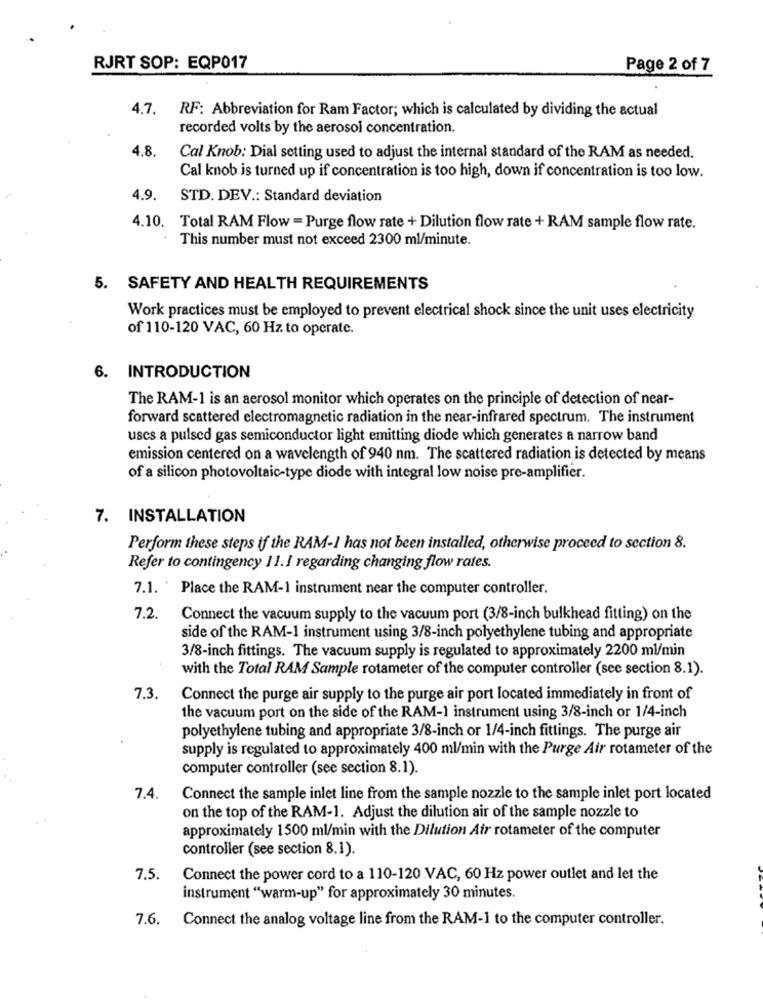
RJRT SOP: EQP017
Page 2 of 7
4.7.
RF: Abbreviation for Ram Factor; which is calculated by dividing the actual
recorded volts by the aerosol concentration.
4.8.
Cal Knob: Dial setting used to adjust the internal standard of the RAM as needed.
Cal knob is turned up if concentration is too high, down if concentration is too low.
4.9.
STD. DEV .: Standard deviation
4.10. Total RAM Flow = Purge flow rate + Dilution flow rate + RAM sample flow rate.
This number must not exceed 2300 ml/minute.
5. SAFETY AND HEALTH REQUIREMENTS
Work practices must be employed to prevent electrical shock since the unit uses electricity
of 110-120 VAC, 60 Hz to operate.
6. INTRODUCTION
The RAM-1 is an aerosol monitor which operates on the principle of detection of near-
forward scattered electromagnetic radiation in the near-infrared spectrum. The instrument
uses a pulsed gas semiconductor light emitting diode which generates a narrow band
emission centered on a wavelength of 940 nm. The scattered radiation is detected by means
of a silicon photovoltaic-type diode with integral low noise pre-amplifier.
7. INSTALLATION
Perform these steps if the RAM-1 has not been installed, otherwise proceed to section 8.
Refer to contingency 11.1 regarding changing flow rates.
7.1. Place the RAM-1 instrument near the computer controller.
7.2
Connect the vacuum supply to the vacuum port (3/8-inch bulkhead fitting) on the
side of the RAM-1 instrument using 3/8-inch polyethylene tubing and appropriate
3/8-inch fittings. The vacuum supply is regulated to approximately 2200 ml/min
with the Total RAM Sample rotameter of the computer controller (see section 8.1).
7.3.
Connect the purge air supply to the purge air port located immediately in front of
the vacuum port on the side of the RAM-1 instrument using 3/8-inch or 1/4-inch
polyethylene tubing and appropriate 3/8-inch or 1/4-inch fittings. The purge air
supply is regulated to approximately 400 ml/min with the Purge Air rotameter of the
computer controller (see section 8.1).
7.4.
Connect the sample inlet line from the sample nozzle to the sample inlet port located
on the top of the RAM-1. Adjust the dilution air of the sample nozzle to
approximately 1500 ml/min with the Dilution Air rotameter of the computer
controller (see section 8.1).
7.5.
Connect the power cord to a 110-120 VAC, 60 Hz power outlet and let the
instrument "warm-up" for approximately 30 minutes.
7.6.
Connect the analog voltage line from the RAM-1 to the computer controller.